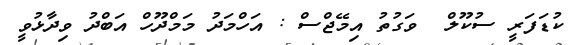
ކުޑަފަރީ ސުކޫލް  ވަގުތު އިމޭޖްސް : އަހްމަދު މަމްދޫހް އަބްދު ވިދާޅުވީ